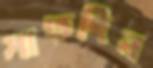
সাতদিন